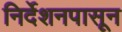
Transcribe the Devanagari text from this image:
निर्देशनपासून